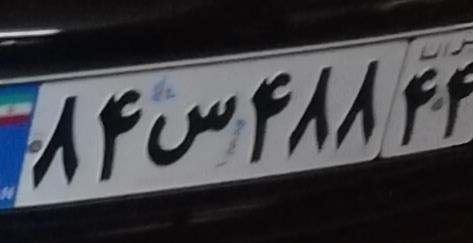
۸۴س۴۸۸۴۴